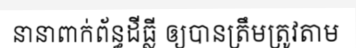
នានាពាក់ព័ន្ធដីធ្លី ឲ្យបានត្រឹមត្រូវតាម